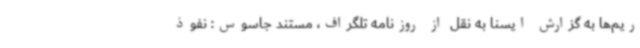
ریم‌ها به گزارش ایسنا به نقل از روزنامه تلگراف، مستند جاسوس: نفوذ